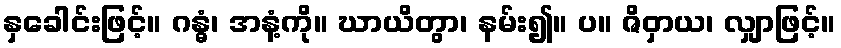
နှခေါင်းဖြင့်။ ဂန္ဓံ၊ အနံ့ကို။ ဃာယိတွာ၊ နမ်း၍။ ပ။ ဇိဝှာယ၊ လျှာဖြင့်။